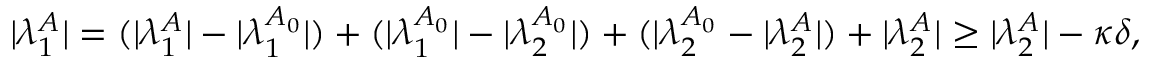
\begin{array} { r } { | \lambda _ { 1 } ^ { A } | = ( | \lambda _ { 1 } ^ { A } | - | \lambda _ { 1 } ^ { A _ { 0 } } | ) + ( | \lambda _ { 1 } ^ { A _ { 0 } } | - | \lambda _ { 2 } ^ { A _ { 0 } } | ) + ( | \lambda _ { 2 } ^ { A _ { 0 } } - | \lambda _ { 2 } ^ { A } | ) + | \lambda _ { 2 } ^ { A } | \ge | \lambda _ { 2 } ^ { A } | - \kappa \delta , } \end{array}